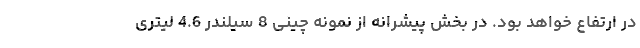
در ارتفاع خواهد بود. در بخش پیشرانه از نمونه چینی 8 سیلندر 4.6 لیتری